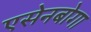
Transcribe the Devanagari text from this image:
एसेनबोगा